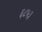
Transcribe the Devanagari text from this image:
६८५३